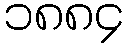
၁၈၈၄